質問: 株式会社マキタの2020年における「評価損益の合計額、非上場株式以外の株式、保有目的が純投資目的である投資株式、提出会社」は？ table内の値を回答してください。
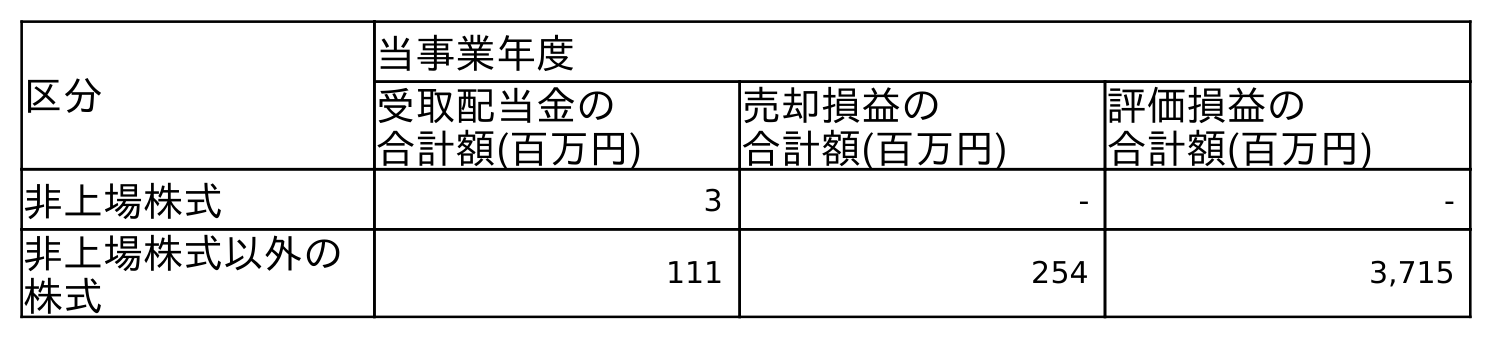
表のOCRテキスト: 区分 当事業年度 受取配当金の 合計額(百万円) 売却損益の 合計額(百万円) 評価損益の 合計額(百万円) 非上場株式 3 - - 非上場株式以外の 株式 111 254 3,715
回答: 3,715